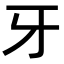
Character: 牙